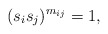
\begin{align*}(s_{i}s_{j})^{m_{ij}} = 1, \end{align*}